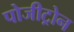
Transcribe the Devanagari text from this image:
पोजीट्रोन